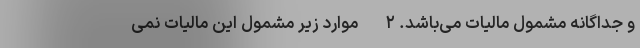
و جداگانه مشمول مالیات می‌باشد. ۲- موارد زیر مشمول این مالیات نمی